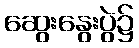
ဆွေးနွေးပွဲ၌